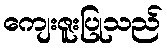
ကျေးဇူးပြုသည်